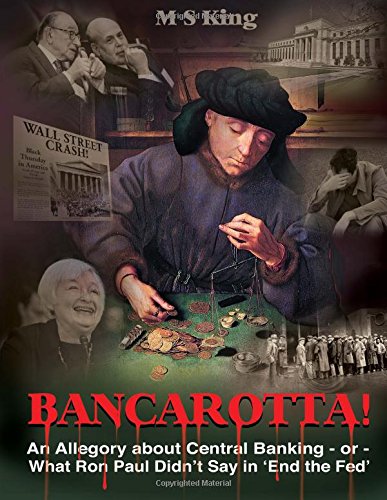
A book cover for Bancarotta!: An Allegory About Central Banking - or - What Ron Paul Didn't Say in 'End the Fed'; M S King; Business & Money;